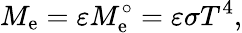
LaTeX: M_{\mathrm{e}}=\varepsilon M_{\mathrm{e}}^{\circ}=\varepsilon\sigma T^{4},